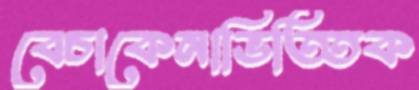
বেচাকেনাভিত্তিক